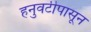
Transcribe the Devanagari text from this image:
हनुवटीपासून